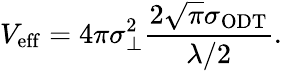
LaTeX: V_{\mathrm{eff}}=4\pi\sigma_{\perp}^{2}\frac{2\sqrt{\pi}\sigma_{\mathrm{ODT}}}{\lambda/2}.